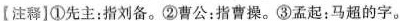
〖注释〗①先主：指刘备。②曹公：指曹操。③孟起：马超的字。